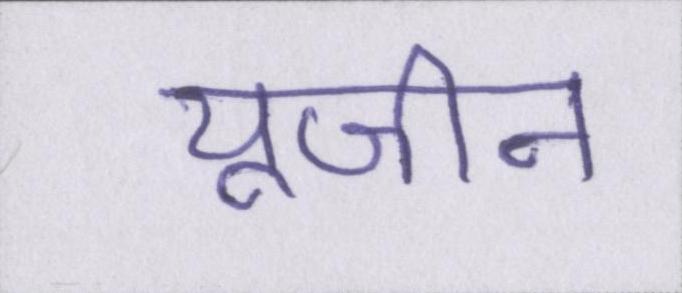
यूजीन